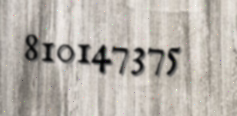
810147375